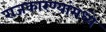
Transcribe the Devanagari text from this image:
राजकारण्यांमध्ये